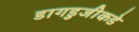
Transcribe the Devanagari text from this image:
डागडुजीकडे